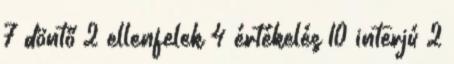
7 döntő 2 ellenfelek 4 értékelés 10 interjú 2